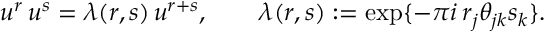
u ^ { r } \, u ^ { s } = \lambda ( r , s ) \, u ^ { r + s } , \qquad \lambda ( r , s ) : = \exp \{ - \pi i \, r _ { j } \theta _ { j k } s _ { k } \} .